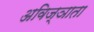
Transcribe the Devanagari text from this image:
अविज्ञाता